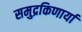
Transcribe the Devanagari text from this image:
समुद्रकिणार्या